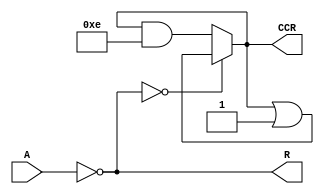
//MY_NOT: bitwise not

//A: entrada (op_size bits)
//R: resultado (op_size bits)
//CCR: condition code registers

//R=~B

//CCR con 4 flags:

//C: carry flag.
//   no se modifica

//V: overflow flag. 
//   no se modifica

//N: negative flag. 
//   =1 si el MSB de R es 1 (es decir, si en interpretacion signada, R<0).
//   =0 si el MSB de R es 0 (es decir, si en interpretacion signada, R>=0).

//Z: zero flag
//   =1 si R==0.
//   =1 si R!=0.

//3 ticks: 1 tick calculo, 2 ticks CCR

module my_not(R, CCR, A);

parameter op_size = 4;
parameter c_mask='b1000, v_mask='b0100, n_mask='b0010, z_mask='b0001;   //mascaras para los flags del ccr

output reg [3:0] R, CCR;     //resultado
input[3:0] A;           //input

always @(A) 
    begin
    //seteo resultado
    R = ~A;
    

#1

    //seteo negative
    if( R[op_size - 1] )
        begin
        CCR <= (CCR | n_mask);
        //$display("N=1");
    end else begin 
        CCR <= (CCR & (~n_mask));
        //$display("N=0");
        end
    #1


    //seteo zero
    if(!R)
        begin
        CCR <= (CCR | z_mask);
        //$display("Z=1");
    end else begin
        CCR <= (CCR & (~z_mask));
        //$display("Z=0");
        end
end
endmodule
/*
module my_not_tst;
reg dummy;

wire [3:0] R, CCR;  //resultado y condition code register
reg [3:0] A;        //input del not


my_not tst_not(R, CCR, A);
initial begin
dummy = $value$plusargs("A=%d", A);
#3 //my_not tarda 1 tick en hacer la suma y 2 ticks en acomodar el ccr
$display(" A=%b", A);
$display("~A=%b",R);
$display("CVNZ");
$display("%b", CCR);

$finish;
end

endmodule
*/